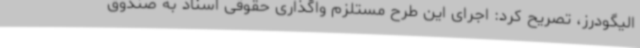
الیگودرز، تصریح کرد: اجرای این طرح مستلزم واگذاری حقوقی اسناد به صندوق